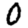
Digit: 0